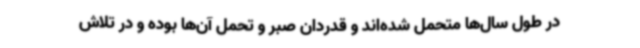
در طول سال‌ها متحمل شده‌اند و قدردان صبر و تحمل آن‌ها بوده و در تلاش